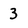
Character: 3